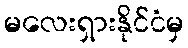
မလေးရှားနိုင်ငံမှ